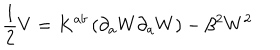
\frac { 1 } { 2 } V = K ^ { a b } \left( \partial _ { a } W \partial _ { a } W \right) - \beta ^ { 2 } W ^ { 2 }